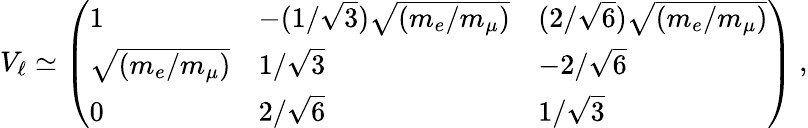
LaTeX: V_{\ell}\simeq\left(\begin{array}{lll}{{1}}&{{-(1/\sqrt 3)\sqrt{(m_{e}/m_{\mu})}}}&{{(2/\sqrt 6)\sqrt{(m_{e}/m_{\mu})}}}\\ {{\sqrt{(m_{e}/m_{\mu})}}}&{{1/\sqrt 3}}&{{-2/\sqrt 6}}\\ {{0}}&{{2/\sqrt 6}}&{{1/\sqrt 3}}\end{array}\right)\ ,